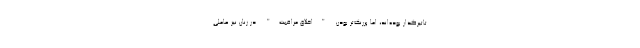
تاثیرگذار بوده‌اند، اما پررنگ‌تر بودن "اخلاق مراقبت" در زنان نیز عاملی